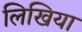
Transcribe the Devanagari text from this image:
लिखिया